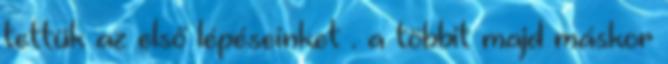
tettük az első lépéseinket . a többit majd máskor